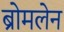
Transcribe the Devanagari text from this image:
ब्रोमलेन